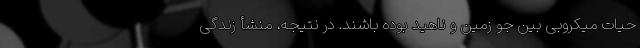
حیات میکروبی بین جو زمین و ناهید بوده باشند. در نتیجه، منشأ زندگی